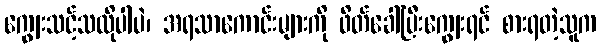
ကျွေးသင့်သလိုပါပဲ၊ အရသာကောင်းများကို ဖိတ်ခေါ်ပြီးကျွေးရင် စားရတဲ့သူက